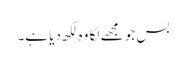
بس جو مجھے لگا وہ لکھ دیا ہے۔